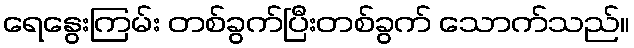
ရေနွေးကြမ်း တစ်ခွက်ပြီးတစ်ခွက် သောက်သည်။